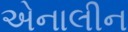
એનાલીન